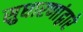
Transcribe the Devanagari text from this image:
सुधारणांद्वारे